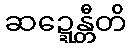
ဆဍ္ဍေန္တီတိ